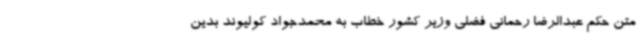
متن حکم عبدالرضا رحمانی فضلی وزیر کشور خطاب به محمدجواد کولیوند بدین